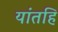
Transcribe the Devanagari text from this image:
यांतहि